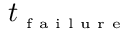
t _ { \textrm { \tiny f a i l u r e } }